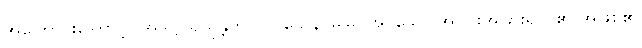
အကြောင်းကြောင့်။ အဒိဋ္ဌပရိယုန္တဘာ၀၀ သေန၊ မမြင်အပ်သော အပိုင်းအခြားရှိသူ၏ အဖြစ်၏